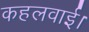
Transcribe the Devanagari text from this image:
कहलवाई।